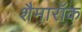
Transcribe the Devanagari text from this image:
शैमारॉक